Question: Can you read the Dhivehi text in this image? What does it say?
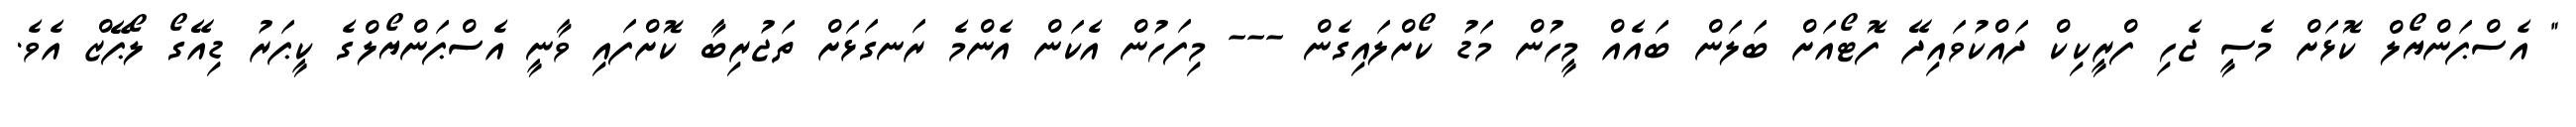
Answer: " އެސްޕަންޔޯލް ކޮޅަށް މެސީ ޖެހި ފްރީކިކް ދައްކުވައިދޭ ފޮޓޯއަށް ބަލަން ބައެއް މީހުން މަޑު ކޯށްލައިގެން --- މިފަހުން އެކަން އެންމެ ރަނގަޅަށް ތަޖުރިބާ ކޮށްފައި ވާނީ އެސްޕަންޔޯލްގެ ކީޕަރު ޑިއޭގޯ ލޯޕޭޒް އެވެ.